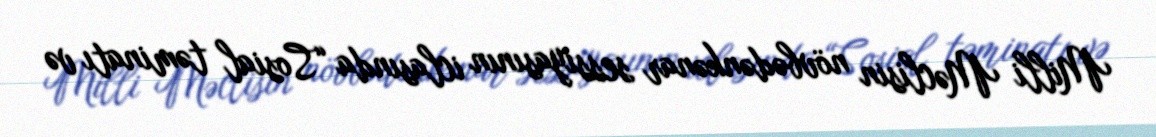
Milli Məclisin növbədənkənar sessiyasının iclasında “Sosial təminatı və